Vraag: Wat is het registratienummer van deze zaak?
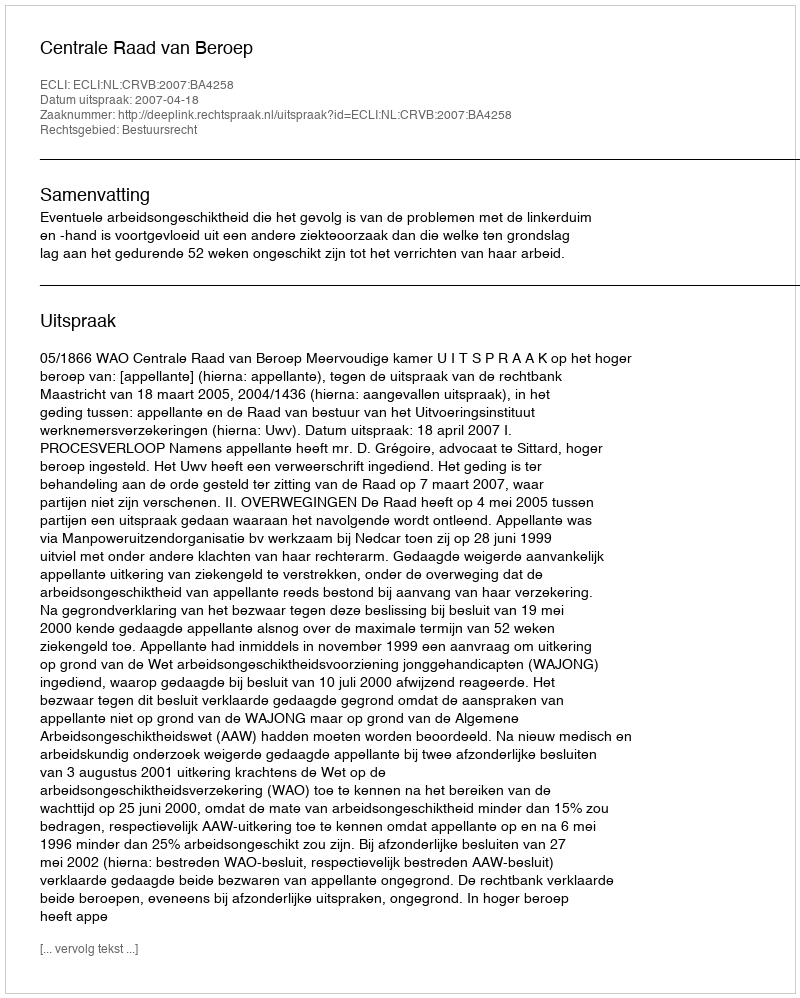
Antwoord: http://deeplink.rechtspraak.nl/uitspraak?id=ECLI:NL:CRVB:2007:BA4258